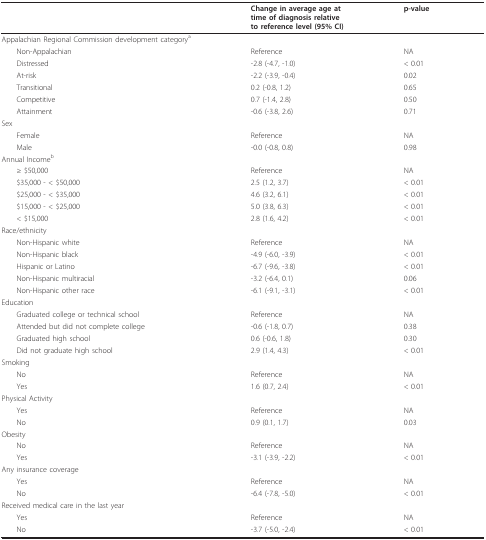
<table><thead><tr><td></td><td><b>Change in average age at time of diagnosis relative to reference level (95% CI)</b></td><td><b>p-value</b></td></tr></thead><tbody><tr><td>Appalachian Regional Commission development category<sup>a</sup></td><td></td><td></td></tr><tr><td> Non-Appalachian</td><td>Reference</td><td>NA</td></tr><tr><td> Distressed</td><td>-2.8 (-4.7, -1.0)</td><td>&lt; 0.01</td></tr><tr><td> At-risk</td><td>-2.2 (-3.9, -0.4)</td><td>0.02</td></tr><tr><td> Transitional</td><td>0.2 (-0.8, 1.2)</td><td>0.65</td></tr><tr><td> Competitive</td><td>0.7 (-1.4, 2.8)</td><td>0.50</td></tr><tr><td> Attainment</td><td>-0.6 (-3.8, 2.6)</td><td>0.71</td></tr><tr><td>Sex</td><td></td><td></td></tr><tr><td> Female</td><td>Reference</td><td>NA</td></tr><tr><td> Male</td><td>-0.0 (-0.8, 0.8)</td><td>0.98</td></tr><tr><td>Annual Income<sup>b</sup></td><td></td><td></td></tr><tr><td> ≥ $50,000</td><td>Reference</td><td>NA</td></tr><tr><td> $35,000 - &lt; $50,000</td><td>2.5 (1.2, 3.7)</td><td>&lt; 0.01</td></tr><tr><td> $25,000 - &lt; $35,000</td><td>4.6 (3.2, 6.1)</td><td>&lt; 0.01</td></tr><tr><td> $15,000 - &lt; $25,000</td><td>5.0 (3.8, 6.3)</td><td>&lt; 0.01</td></tr><tr><td> &lt; $15,000</td><td>2.8 (1.6, 4.2)</td><td>&lt; 0.01</td></tr><tr><td>Race/ethnicity</td><td></td><td></td></tr><tr><td> Non-Hispanic white</td><td>Reference</td><td>NA</td></tr><tr><td> Non-Hispanic black</td><td>-4.9 (-6.0, -3.9)</td><td>&lt; 0.01</td></tr><tr><td> Hispanic or Latino</td><td>-6.7 (-9.6, -3.8)</td><td>&lt; 0.01</td></tr><tr><td> Non-Hispanic multiracial</td><td>-3.2 (-6.4, 0.1)</td><td>0.06</td></tr><tr><td> Non-Hispanic other race</td><td>-6.1 (-9.1, -3.1)</td><td>&lt; 0.01</td></tr><tr><td>Education</td><td></td><td></td></tr><tr><td> Graduated college or technical school</td><td>Reference</td><td>NA</td></tr><tr><td> Attended but did not complete college</td><td>-0.6 (-1.8, 0.7)</td><td>0.38</td></tr><tr><td> Graduated high school</td><td>0.6 (-0.6, 1.8)</td><td>0.30</td></tr><tr><td> Did not graduate high school</td><td>2.9 (1.4, 4.3)</td><td>&lt; 0.01</td></tr><tr><td>Smoking</td><td></td><td></td></tr><tr><td> No</td><td>Reference</td><td>NA</td></tr><tr><td> Yes</td><td>1.6 (0.7, 2.4)</td><td>&lt; 0.01</td></tr><tr><td>Physical Activity</td><td></td><td></td></tr><tr><td> Yes</td><td>Reference</td><td>NA</td></tr><tr><td> No</td><td>0.9 (0.1, 1.7)</td><td>0.03</td></tr><tr><td>Obesity</td><td></td><td></td></tr><tr><td> No</td><td>Reference</td><td>NA</td></tr><tr><td> Yes</td><td>-3.1 (-3.9, -2.2)</td><td>&lt; 0.01</td></tr><tr><td>Any insurance coverage</td><td></td><td></td></tr><tr><td> Yes</td><td>Reference</td><td>NA</td></tr><tr><td> No</td><td>-6.4 (-7.8, -5.0)</td><td>&lt; 0.01</td></tr><tr><td>Received medical care in the last year</td><td></td><td></td></tr><tr><td> Yes</td><td>Reference</td><td>NA</td></tr><tr><td> No</td><td>-3.7 (-5.0, -2.4)</td><td>&lt; 0.01</td></tr></tbody></table>